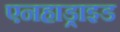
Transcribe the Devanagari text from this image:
एनहाड्राइड